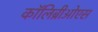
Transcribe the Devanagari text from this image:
कॉलिब्रीओएस